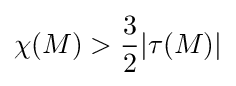
\chi (M)>{\frac {3}{2}}|\tau (M)|